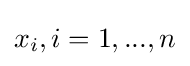
x_{i},i=1,...,n